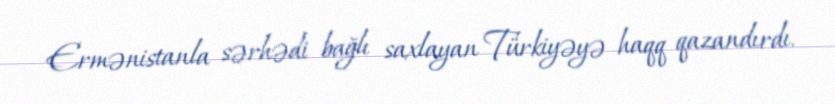
Ermənistanla sərhədi bağlı saxlayan Türkiyəyə haqq qazandırdı.